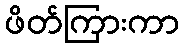
ဖိတ်ကြားကာ